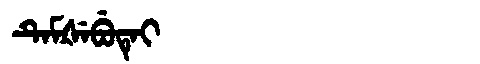
Manchu: ᡨᡝᠮᡧᡝᠪᡠᡨᡝᡳ
Romanization: TEMŠEBUTEI